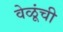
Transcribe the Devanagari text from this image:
वेळूंची